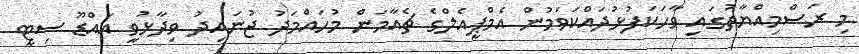
މި ރަސްމިއްޔާތުގައި ވާހަކަފުޅުދައްކަވަމުން އެމްޕީއެލްގެ ޗެއާމަން މުހައްމަދު ޖުނައިދު ވިދާޅުވީ އައްޑޫ ސިޓީ